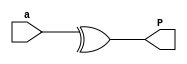
/*
	gerParidadePar.v
*/

module gerParidadePar (a,P);

	input [3:0] a;
	output P;
	
	assign P = ^a;

endmodule